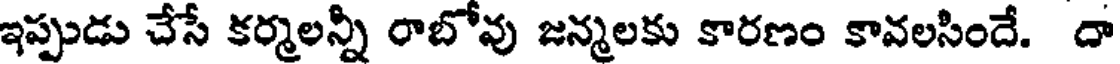
ఇప్పుడు చేసే కర్మలన్నీ రాబోవు జన్మలకు కారణం కావలసిందే. దా